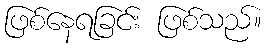
ဖြစ်နေရခြင်း ဖြစ်သည်။